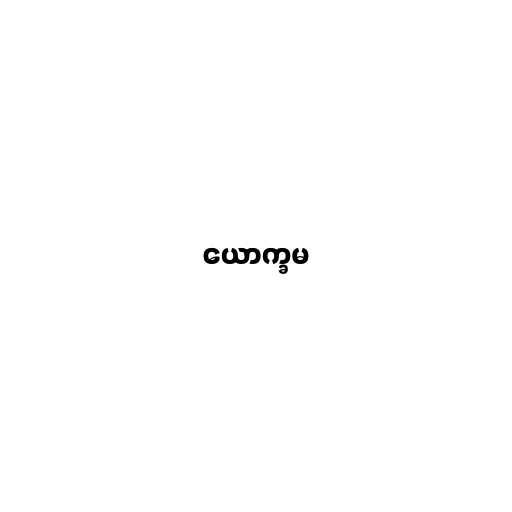
ယောက္ခမ